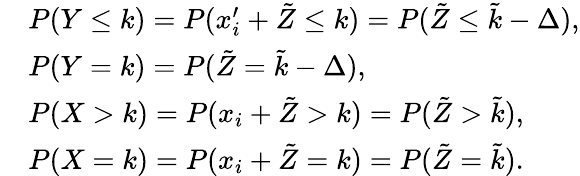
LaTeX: \begin{array}{rl}&{P(Y\leq k)=P(x_{i}^{\prime}+\tilde{Z}\leq k)=P(\tilde{Z}\leq\tilde{k}-\Delta),}\\ &{P(Y=k)=P(\tilde{Z}=\tilde{k}-\Delta),}\\ &{P(X>k)=P(x_{i}+\tilde{Z}>k)=P(\tilde{Z}>\tilde{k}),}\\ &{P(X=k)=P(x_{i}+\tilde{Z}=k)=P(\tilde{Z}=\tilde{k}).}\end{array}